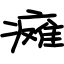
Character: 瘫